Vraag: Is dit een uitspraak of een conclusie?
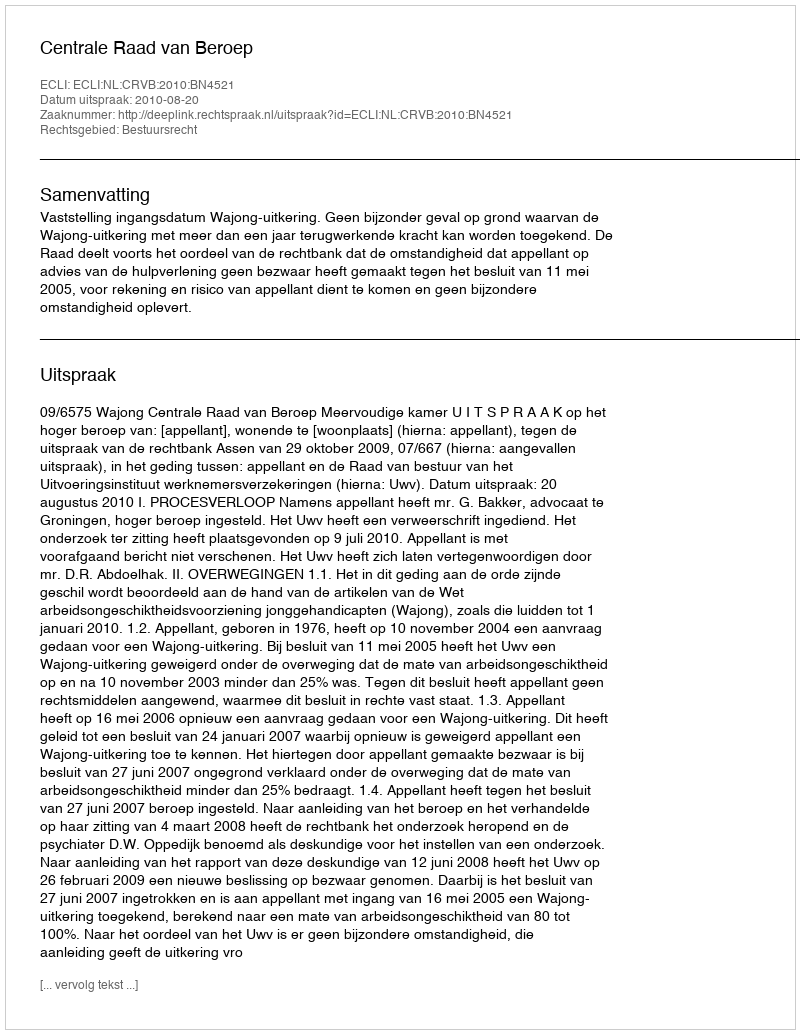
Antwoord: Uitspraak